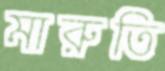
মারুতি